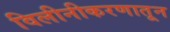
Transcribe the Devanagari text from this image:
विलीनीकरणातून